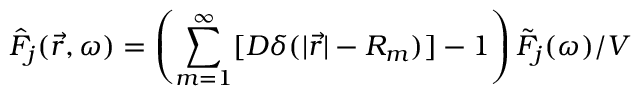
\Hat { F } _ { j } ( \vec { r } , \omega ) = \left( \sum _ { m = 1 } ^ { \infty } [ D \delta ( \vert \vec { r } \vert - R _ { m } ) ] - 1 \right) \Tilde { F } _ { j } ( \omega ) / V